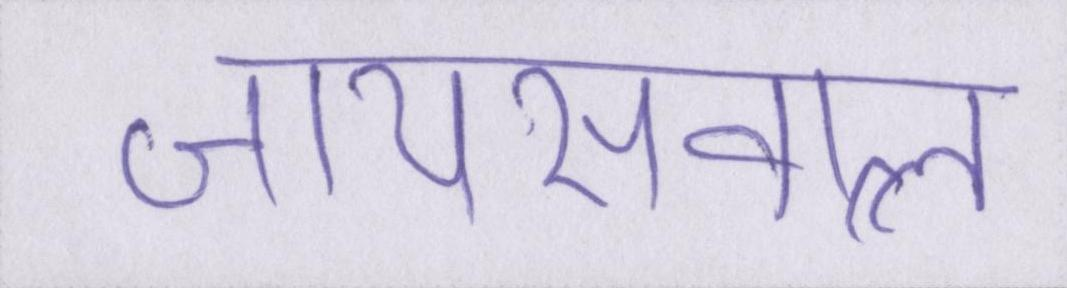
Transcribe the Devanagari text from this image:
जायसवाल